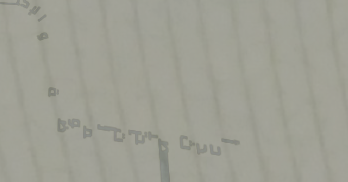
أحدث صيحات الموضة والإكسس